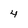
Character: 4